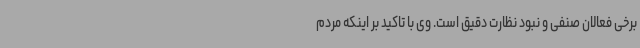
برخی فعالان صنفی و نبود نظارت دقیق است. وی با تاکید بر اینکه مردم